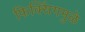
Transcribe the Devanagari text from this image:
फिक्सिंगमुळे